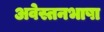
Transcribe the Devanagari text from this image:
अवेस्तनभाषा